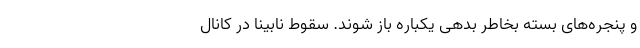
و پنجره‌های بسته بخاطر بدهی یکباره باز شوند. سقوط نابینا در کانال